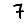
Digit: 7